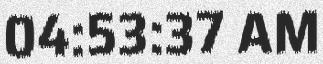
04:53:37 AM